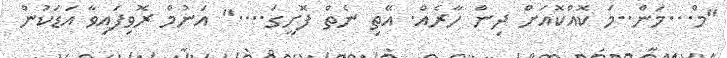
"މް...މަން..މަ ކޮއްކޮއަށް ދިން ހާރެއް. އޭތި ނެތް ފޮށީގަ...." އަނުމް ރޮވިފައިވާ އަޑަކުން